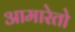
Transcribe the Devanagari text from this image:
आमारेतो